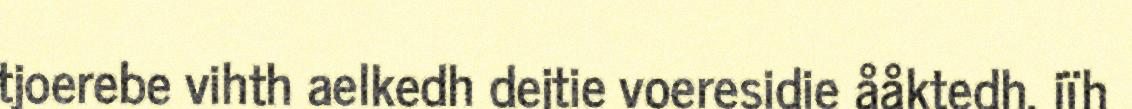
tjoerebe vihth aelkedh dejtie voeresidie ååktedh, jïh